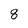
Character: 8